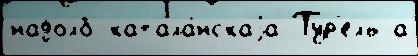
надолб катала́нскаjа Тур'ель а